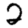
Digit: 2